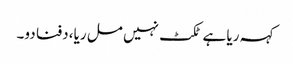
کہہ ریا ہے ٹکٹ نہیں مل ریا، دفنا دو۔